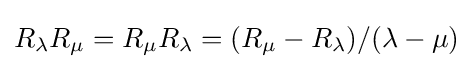
R_{\lambda }R_{\mu }=R_{\mu }R_{\lambda }=(R_{\mu }-R_{\lambda })/(\lambda -\mu )